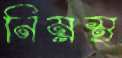
নিম্নস্থ